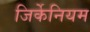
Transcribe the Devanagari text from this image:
जिर्केनियम